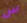
س